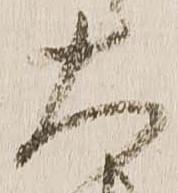
大